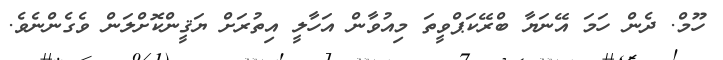
ހޫމް. ދެން ހަމަ އޭނަޔާ ބްރޭކަޕްވީތަ މިއުވާން އަހާލީ އިތުރަށް ޔަޤީންކޮށްލަން ވެގެންނެވެ.